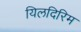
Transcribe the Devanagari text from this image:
यिलदिरिम